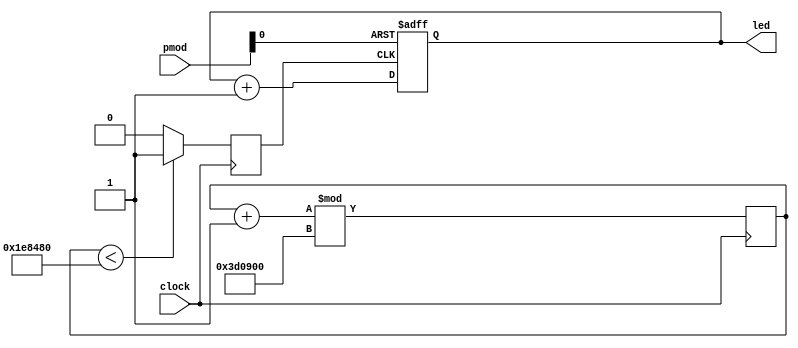
module button_counter(
    input      clock,
    input      [3:0] pmod,
    output reg [4:0] led
);
    reg div_clock;
    // Create a counter and initialize to 0
    reg[27:0] counter = 28'd0;
    // Create a divisor constant of 4mhz which will result in a 6hz output (12mhz / (4mhz / 2))
    parameter DIVISOR = 28'd4000000;
    // Clock is HIGH 50% and LOW 50%, so we need a mid point
    parameter HALF_DIVISOR = DIVISOR / 2;

    always @(posedge clock) begin
        // Add 1 to counter, wrapping to 0 when DIVISOR is reached
        counter <= (counter + 28'd1) % DIVISOR;
        // Set div_clock HIGH if we are in the first half of our count, else set LOW
        div_clock <= (counter < HALF_DIVISOR) ? 1'b1 : 1'b0;
    end

    wire reset;
    assign reset = ~pmod[0];

    // Execute on rising edge of clock or reset
    always @ (posedge div_clock or posedge reset) begin
        // Reset LED's to 0 if reset button pressed
        if (reset == 1'b1) begin
            led <= 5'b0;
        // Else add 1 to LED 
        end else begin
            led <= led + 1'b1;
        end
    end
endmodule